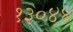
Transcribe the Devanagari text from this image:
१३०४४